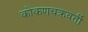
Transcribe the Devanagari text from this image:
कोकणचक्रवर्ती